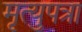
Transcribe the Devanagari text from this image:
मृत्युपत्रा